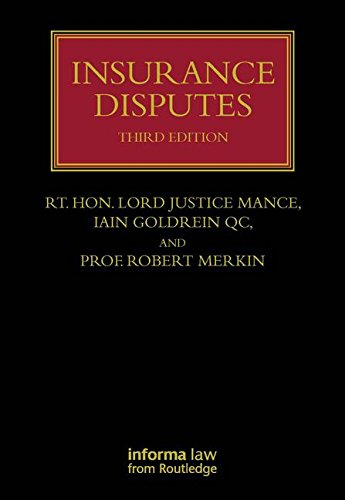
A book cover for Insurance Disputes (Lloyd's Insurance Law Library); Law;